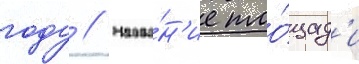
году // Назва́н'ие пло́щад'и